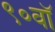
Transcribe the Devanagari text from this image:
९०वॉ